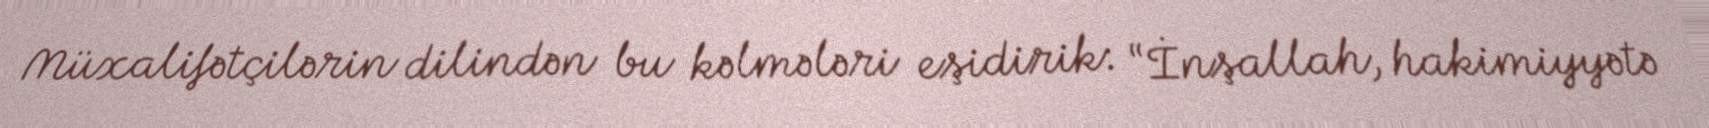
Müxalifətçilərin dilindən bu kəlmələri eşidirik: “İnşallah, hakimiyyətə